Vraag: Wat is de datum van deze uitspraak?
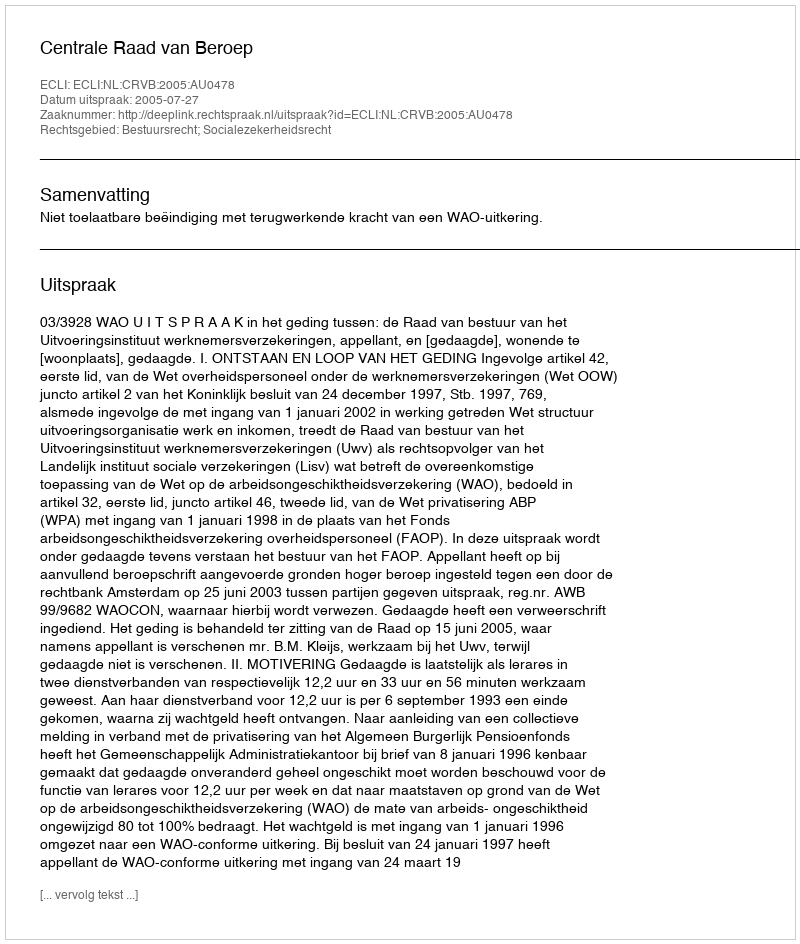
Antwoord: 2005-07-27